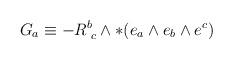
LaTeX: \begin{align*}G_a \equiv- R^{b}_{\,\,c} \wedge *(e_a \wedge e_b \wedge e^c)\end{align*}